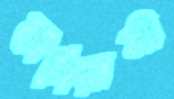
কালিয়ানী